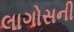
લાગોસની